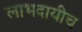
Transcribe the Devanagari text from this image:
लाभदायीच